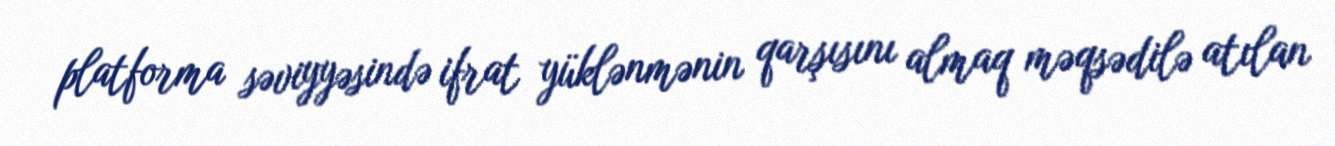
platforma səviyyəsində ifrat yüklənmənin qarşısını almaq məqsədilə atılan